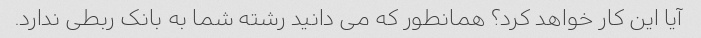
آیا این کار خواهد کرد؟ همانطور که می دانید رشته شما به بانک ربطی ندارد.